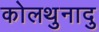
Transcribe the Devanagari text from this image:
कोलथुनादु